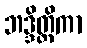
ဘဒ္ဒိတ္ထိကာ